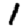
Digit: 1